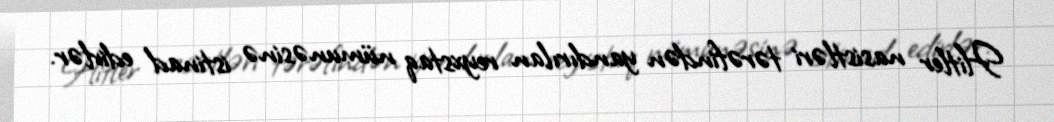
Hitler nasistləri tərəfindən yandırılan reyxstaq nümunəsinə istinad edirlər.